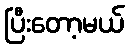
ပြီးတော့မယ်